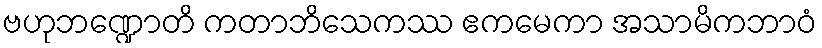
ဗဟုဘဏ္ဍောတိ ကတာဘိသေကဿ ဧကမေကာ အသာမိကဘာဝံ